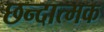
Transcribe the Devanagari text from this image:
छन्दात्मक